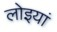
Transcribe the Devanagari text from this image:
लोइयां